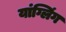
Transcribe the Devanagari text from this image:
यांग्लिंग